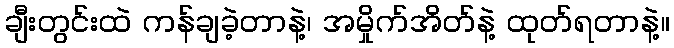
ချီးတွင်းထဲ ကန်ချခဲ့တာနဲ့၊ အမှိုက်အိတ်နဲ့ ထုတ်ရတာနဲ့။